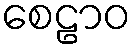
စေဠာဝ